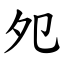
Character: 夗